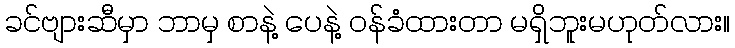
ခင်ဗျားဆီမှာ ဘာမှ စာနဲ့ ပေနဲ့ ဝန်ခံထားတာ မရှိဘူးမဟုတ်လား။